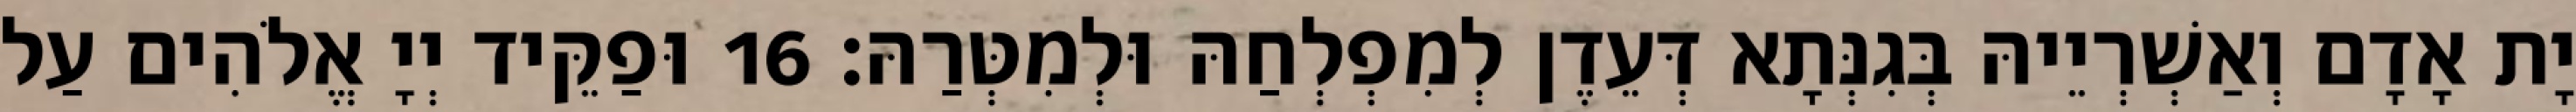
יָת אָדָם וְאַשְׁרְיֵיהּ בְּגִנְּתָא דְּעֵדֶן לְמִפְלְחַהּ וּלְמִטְּרַהּ׃ 16 וּפַקֵּיד יְיָ אֱלֹהִים עַל